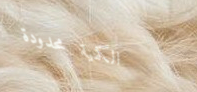
الكمية محدودة